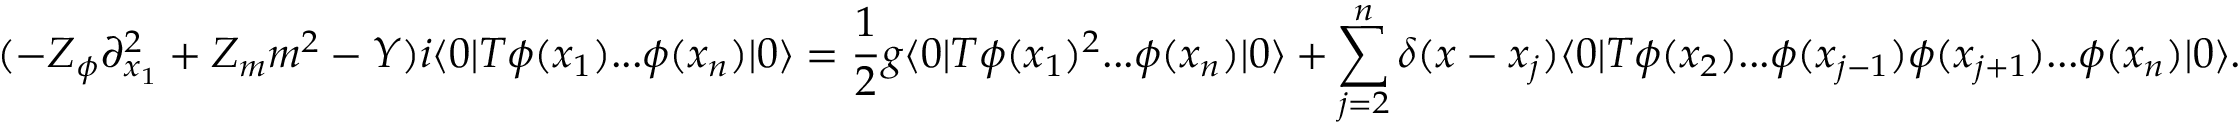
( - Z _ { \phi } \partial _ { x _ { 1 } } ^ { 2 } + Z _ { m } m ^ { 2 } - Y ) i \langle 0 | T \phi ( x _ { 1 } ) . . . \phi ( x _ { n } ) | 0 \rangle = \frac { 1 } { 2 } g \langle 0 | T \phi ( x _ { 1 } ) ^ { 2 } . . . \phi ( x _ { n } ) | 0 \rangle + \sum _ { j = 2 } ^ { n } \delta ( x - x _ { j } ) \langle 0 | T \phi ( x _ { 2 } ) . . . \phi ( x _ { j - 1 } ) \phi ( x _ { j + 1 } ) . . . \phi ( x _ { n } ) | 0 \rangle .